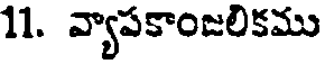
11. వ్యాపకాంజలికము